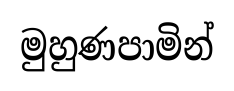
මුහුණපාමින්